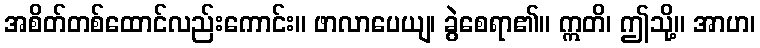
အစိတ်တစ်ထောင်လည်းကောင်း။ ဖာလာပေယျ၊ ခွဲစေရာ၏။ ဣတိ၊ ဤသို့။ အာဟ၊